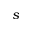
s